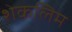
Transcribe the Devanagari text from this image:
शेकलिम